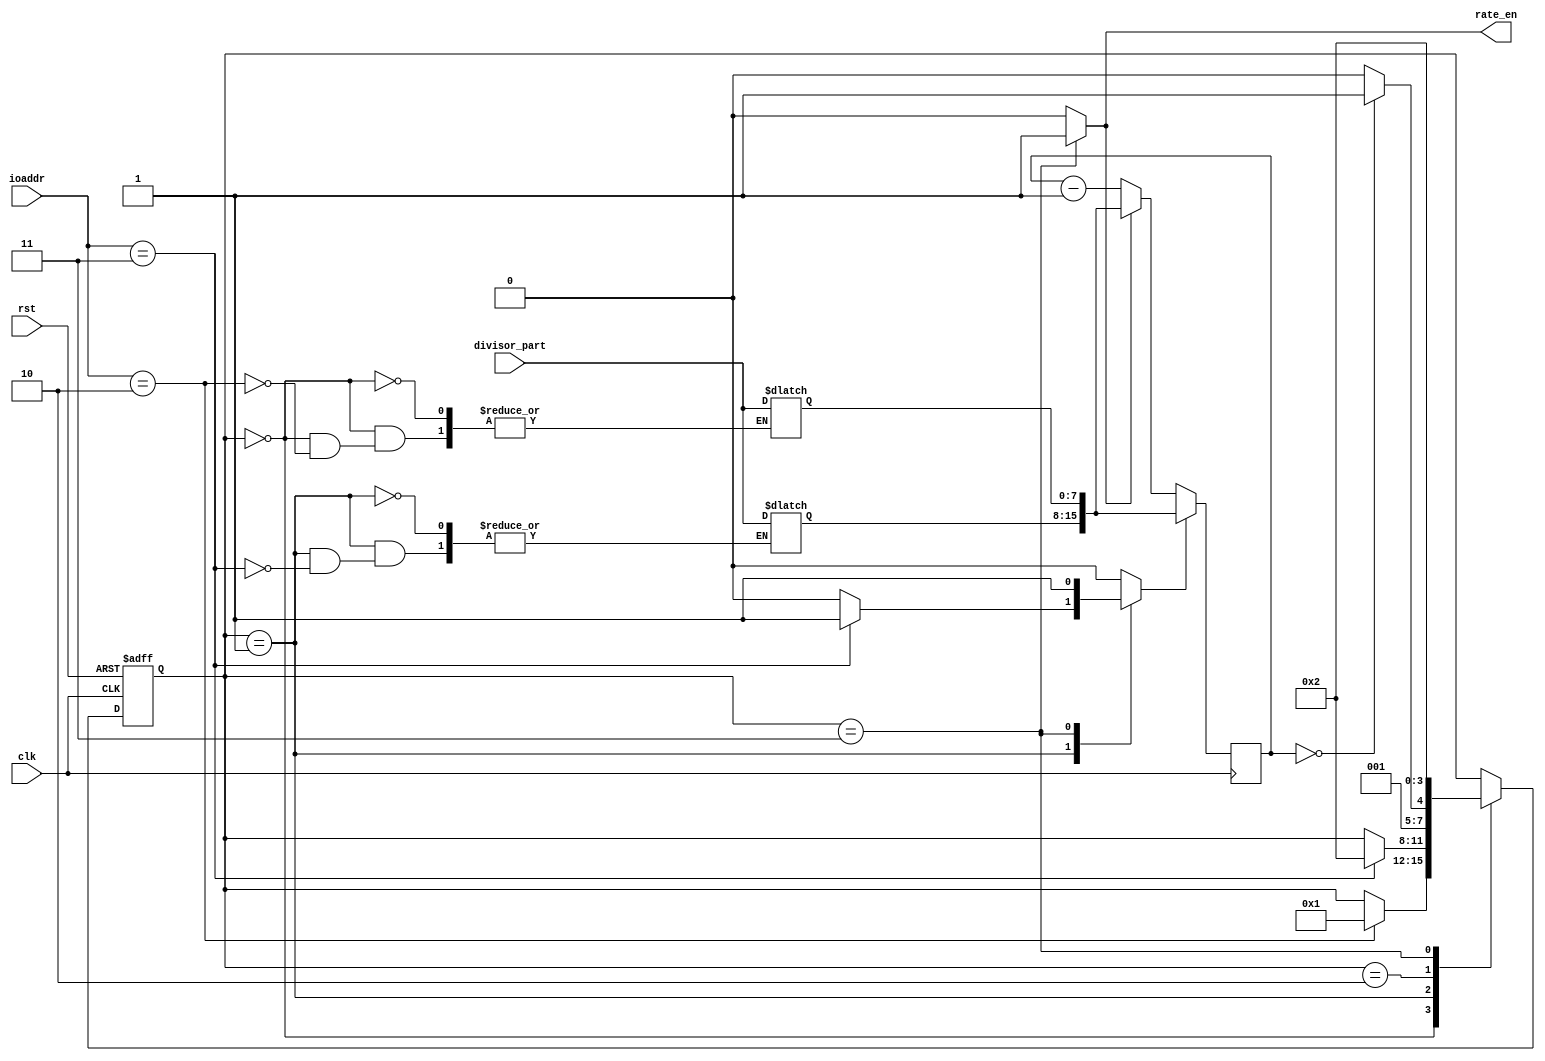
module baud_rate_gen(
	input clk,
	input rst,
	input [1:0] ioaddr,
	input [7:0] divisor_part,
	output reg rate_en
);	
	parameter LOAD_LOW=4'h0, LOAD_HI=4'h1, CNT=4'h2, EN=4'h3;
	parameter IO_XFER=2'b00, REG_RD=2'b01, LD_DIV_LO=2'b10, LD_DIV_HI=2'b11;
	reg [3:0] state;
	reg [3:0] nxt_state;
	reg [15:0] period_cnt;
	reg [15:0] divisor;
	reg rst_cnt;
	reg div_half_load;

	always @ (posedge clk) begin
		if (rst_cnt) begin
			period_cnt <= divisor;
		end else if (rate_en)
			period_cnt <= divisor;
	  	else
	    period_cnt <= period_cnt - 16'h1;
    end

	always @ (posedge clk or negedge rst) begin
		if(!rst)
			state = LOAD_LOW;
		else
			state = nxt_state;
	end

	always @ (*) begin
		nxt_state = state;
		rate_en = 1'b0;
		rst_cnt = 1'b0;
		case(state)
			/**LOAD: begin
				if(ioaddr == LD_DIV_LO) begin
					divisor[7:0] = divisor_part;
					if(div_half_load == 1'b1) begin
						nxt_state = CNT;
						rst_cnt = 1'b1;
						div_half_load = 1'b0;
					end
					div_half_load = 1'b1;
					nxt_state = LOAD;
				end else if (ioaddr == LD_DIV_HI) begin
					divisor[15:8] = divisor_part;
					if(div_half_load == 1'b1) begin
						nxt_state = CNT;
						div_half_load = 1'b0;
					end
					div_half_load = 1'b1;
					nxt_state = LOAD;
				end
			end**/
			LOAD_LOW: begin
				if(ioaddr == LD_DIV_LO) begin
					divisor[7:0] = divisor_part;
					nxt_state = LOAD_HI;
				end
			end
			LOAD_HI: begin
				if(ioaddr == LD_DIV_HI) begin
					divisor[15:8] = divisor_part;
					rst_cnt = 1'b1;
					nxt_state = CNT;
				end
			end
			CNT: begin
				if(period_cnt == 16'h00)
					nxt_state = EN;
				else	
				nxt_state = CNT;
			end
			EN: begin
				rate_en = 1'b1;
				rst_cnt = 1'b1;
				nxt_state = CNT;
			end
		endcase
	end

endmodule